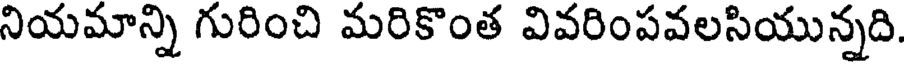
నియమాన్ని గురించి మరికొంత వివరింపవలసియున్నది.